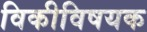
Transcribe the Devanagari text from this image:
विकीविषयक